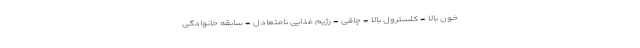
خون بالا - کلسترول بالا - چاقی - رژیم غذایی نامتعادل - سابقه خانوادگی